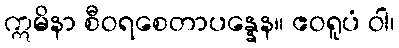
ဣမိနာ စီဝရစေတာပန္နေန။ ဧဝရူပံ ဝါ၊